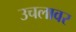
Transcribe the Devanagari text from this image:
उचलावर